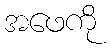
အဖေကို